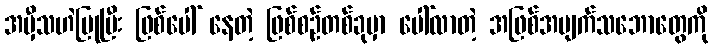
အမှီသဟဲပြုပြီး ဖြစ်ပေါ် နေတဲ့ ဖြစ်စဉ်တစ်ခုမှာ ပေါ်လာတဲ့ အဖြစ်အပျက်သဘောတွေကို